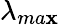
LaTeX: \lambda_{ma\mathbf{x}}